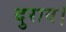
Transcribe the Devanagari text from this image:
दुराव।